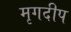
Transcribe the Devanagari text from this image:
मृगदीप